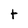
Character: t